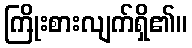
ကြိုးစားလျက်ရှိ၏။